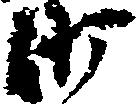
沙